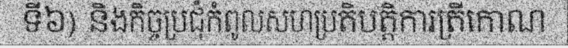
ទី៦) និងកិច្ចប្រជុំកំពូលសហប្រតិបត្តិការត្រីកោណ